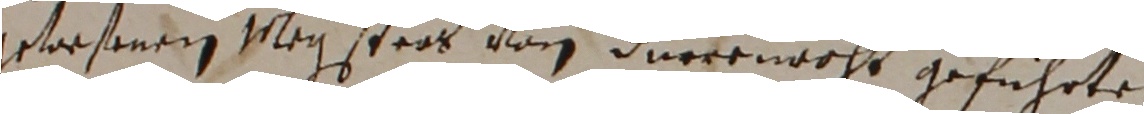
gersenen vleg stros von Düreemacht geführte